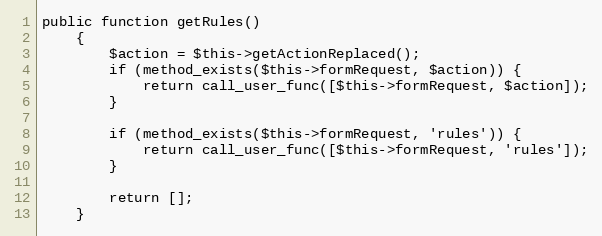
Language: PHP
public function getRules()
    {
        $action = $this->getActionReplaced();
        if (method_exists($this->formRequest, $action)) {
            return call_user_func([$this->formRequest, $action]);
        }

        if (method_exists($this->formRequest, 'rules')) {
            return call_user_func([$this->formRequest, 'rules']);
        }

        return [];
    }